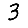
Digit: 3